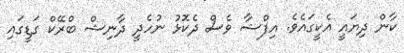
ކާން ދިޔައީ އެކީގައެވެ. އިފްޝާ ވެސް ދެކޮޅު ނުހެދީ ދާނިޝް ބްރޭކް ގަޑީގައި